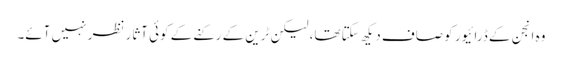
وہ انجن کے ڈرائیور کو صاف دیکھ سکتا تھا، لیکن ٹرین کے رکنے کے کوئی آثار نظر نہیں آئے۔